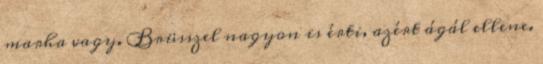
marha vagy. Brüsszel nagyon is érti, azért ágál ellene.